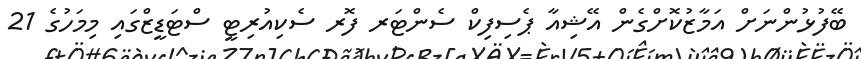
ބޭފުޅުންނަށް އަމާޒުކޮށްގެން އޭޝިއާ ޕެސިފިކް ސެންޓަރ ފޮރ ސެކިއުރިޓީ ސްޓަޑީޒްގައި މިމަހުގެ 21